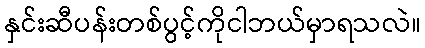
နှင်းဆီပန်းတစ်ပွင့်ကိုငါဘယ်မှာရသလဲ။